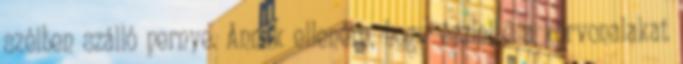
szélben szálló pernye. Annak ellenére, hogy észlelte a körvonalakat